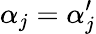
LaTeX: \alpha_{j}=\alpha_{j}^{\prime}